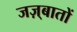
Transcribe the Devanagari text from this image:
जज़्बातों